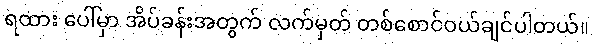
ရထား ပေါ်မှာ အိပ်ခန်းအတွက် လက်မှတ် တစ်စောင်ဝယ်ချင်ပါတယ်။